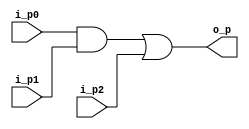
module problem1(
  input  [7:0]  i_p0,
  input  [7:0]  i_p1,
  input  [7:0]  i_p2,
  output [7:0]  o_p
);

  wire [7:0] w_p0;

  assign w_p0 = i_p0 & i_p1;
  assign o_p = w_p0 | i_p2;

endmodule